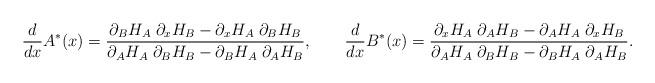
LaTeX: \begin{align*} \frac{d}{dx}A^*(x)=\frac{\partial_B H_A\;\partial_xH_B-\partial_xH_A\;\partial_BH_B}{\partial_AH_A\;\partial_BH_B-\partial_BH_A\;\partial_AH_B},\qquad\frac{d}{dx}B^*(x)=\frac{\partial_xH_A\;\partial_AH_B-\partial_AH_A\;\partial_xH_B}{\partial_AH_A\;\partial_BH_B-\partial_BH_A\;\partial_AH_B}.\end{align*}